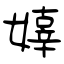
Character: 嫴